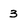
Character: 3